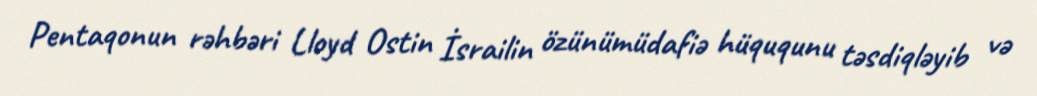
Pentaqonun rəhbəri Lloyd Ostin İsrailin özünümüdafiə hüququnu təsdiqləyib və